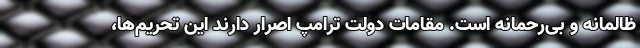
ظالمانه و بی‌رحمانه است. مقامات دولت ترامپ اصرار دارند این تحریم‌ها،